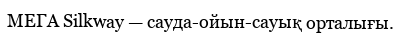
МЕГА Silkway — сауда-ойын-сауық орталығы.